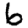
Digit: 6